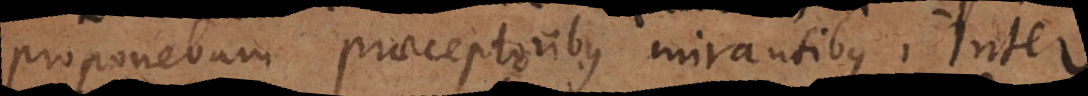
proponebam praeceptoribus mirantibus. Inter